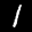
Label: 1